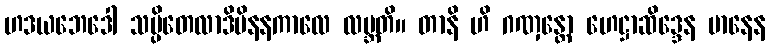
ဟဒယဘေဒေါ သပ္ပိတေလာဒိမိနနကာလေ လဗ္ဘတိ။ တာနိ ဟိ ဂဏှန္တော ဟေဋ္ဌာဆိဒ္ဒေန မာနေန